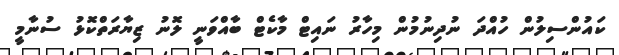
ކައުންސިލުން ހުއްދަ ނުދިނުމުން މިހާރު ނައިޓް މާކެޓް ބާއްވަނީ ލޮނު ޒިޔާރަތްކޮޅު ސުނާމީ